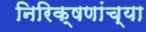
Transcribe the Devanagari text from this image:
निरिक्षणांच्या